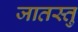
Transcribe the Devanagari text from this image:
जातस्तु